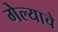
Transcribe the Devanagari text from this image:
गेल्‍याचे